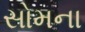
સોમના